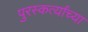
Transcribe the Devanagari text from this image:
पुरस्कर्त्यांच्या